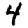
Digit: 4